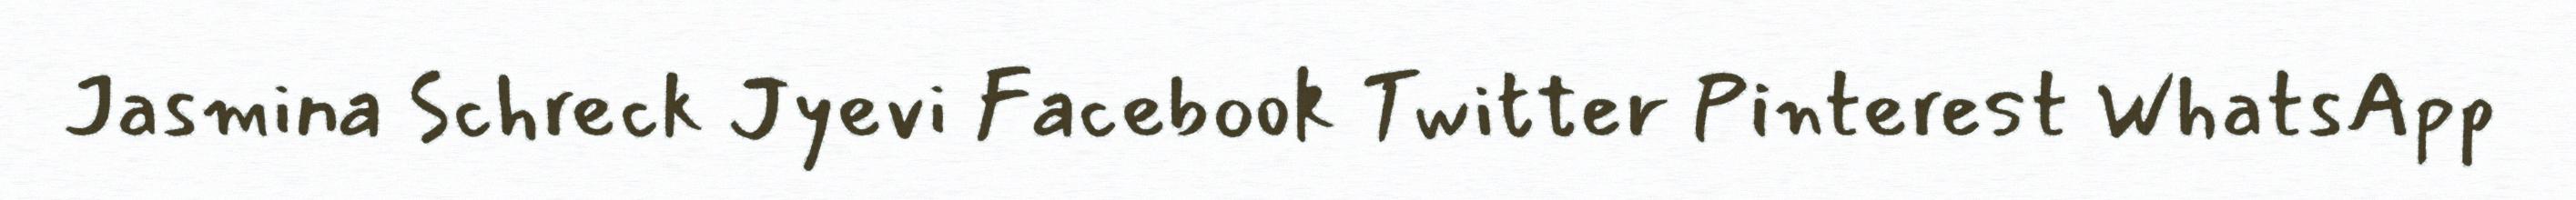
Jasmina Schreck Jyevi Facebook Twitter Pinterest WhatsApp